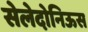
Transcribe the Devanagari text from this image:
सेलेदोनिऊस